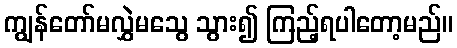
ကျွန်တော်မလွှဲမသွေ သွား၍ ကြည့်ရပါတော့မည်။